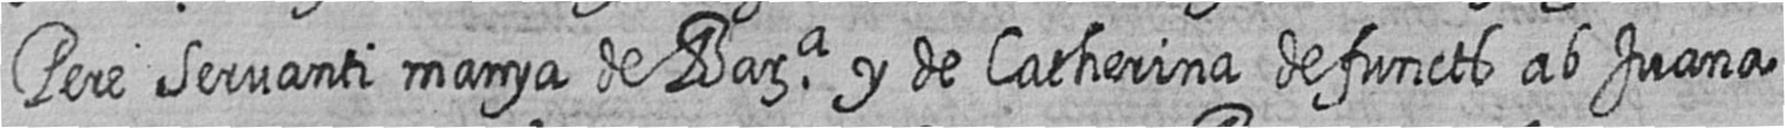
Pere Servanti manya de Bara y de Catherina defuncts ab Juana